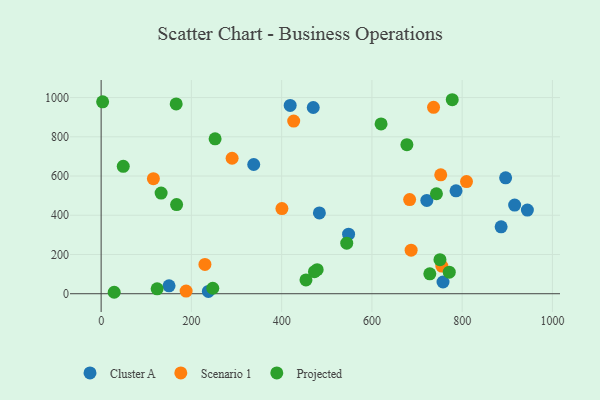
{"axis": {"x": "Study Hours", "y": "Profit"}, "legend": ["Cluster A", "Projected", "Scenario 1"], "data": [{"x": "721.7", "y": 475.5, "type": "Cluster A"}, {"x": "916.3", "y": 451.7, "type": "Cluster A"}, {"x": "418.9", "y": 959.7, "type": "Cluster A"}, {"x": "886.3", "y": 341.2, "type": "Cluster A"}, {"x": "150.5", "y": 40.5, "type": "Cluster A"}, {"x": "338.1", "y": 658.7, "type": "Cluster A"}, {"x": "944.5", "y": 426.2, "type": "Cluster A"}, {"x": "548.3", "y": 303.7, "type": "Cluster A"}, {"x": "757.6", "y": 59.9, "type": "Cluster A"}, {"x": "470.0", "y": 949.3, "type": "Cluster A"}, {"x": "896.3", "y": 591.1, "type": "Cluster A"}, {"x": "483.6", "y": 411.9, "type": "Cluster A"}, {"x": "237.6", "y": 11.8, "type": "Cluster A"}, {"x": "786.4", "y": 524.8, "type": "Cluster A"}, {"x": "752.5", "y": 606.2, "type": "Scenario 1"}, {"x": "686.9", "y": 222.2, "type": "Scenario 1"}, {"x": "426.7", "y": 880.3, "type": "Scenario 1"}, {"x": "115.8", "y": 586.3, "type": "Scenario 1"}, {"x": "736.6", "y": 950.4, "type": "Scenario 1"}, {"x": "683.6", "y": 480.0, "type": "Scenario 1"}, {"x": "188.3", "y": 13.6, "type": "Scenario 1"}, {"x": "400.6", "y": 434.2, "type": "Scenario 1"}, {"x": "809.6", "y": 571.8, "type": "Scenario 1"}, {"x": "290.2", "y": 690.7, "type": "Scenario 1"}, {"x": "754.9", "y": 141.1, "type": "Scenario 1"}, {"x": "230.0", "y": 149.5, "type": "Scenario 1"}, {"x": "167.2", "y": 454.3, "type": "Projected"}, {"x": "771.4", "y": 110.1, "type": "Projected"}, {"x": "728.3", "y": 101.3, "type": "Projected"}, {"x": "677.5", "y": 759.8, "type": "Projected"}, {"x": "478.7", "y": 122.8, "type": "Projected"}, {"x": "750.8", "y": 173.5, "type": "Projected"}, {"x": "247.4", "y": 28.0, "type": "Projected"}, {"x": "544.2", "y": 257.8, "type": "Projected"}, {"x": "252.5", "y": 789.6, "type": "Projected"}, {"x": "49.0", "y": 649.5, "type": "Projected"}, {"x": "453.9", "y": 70.2, "type": "Projected"}, {"x": "472.7", "y": 112.4, "type": "Projected"}, {"x": "743.0", "y": 509.6, "type": "Projected"}, {"x": "620.3", "y": 865.4, "type": "Projected"}, {"x": "132.9", "y": 513.1, "type": "Projected"}, {"x": "166.3", "y": 967.5, "type": "Projected"}, {"x": "28.9", "y": 7.4, "type": "Projected"}, {"x": "778.0", "y": 989.0, "type": "Projected"}, {"x": "3.3", "y": 978.1, "type": "Projected"}, {"x": "124.1", "y": 25.1, "type": "Projected"}]}